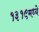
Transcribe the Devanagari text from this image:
१३१९मध्ये